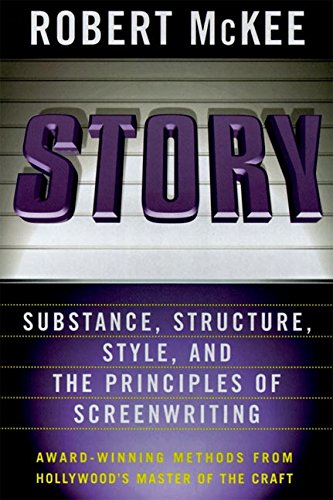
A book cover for Story: Substance, Structure, Style and the Principles of Screenwriting; Robert McKee; Humor & Entertainment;